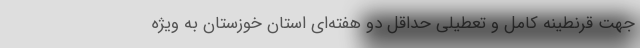
جهت قرنطینه کامل و تعطیلی حداقل دو هفته‌ای استان خوزستان به ویژه